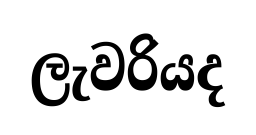
ලැවරියද